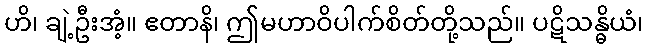
ဟိ၊ ချဲ့ဦးအံ့။ ဧတာနိ၊ ဤမဟာဝိပါက်စိတ်တို့သည်။ ပဋိသန္ဓိယံ၊